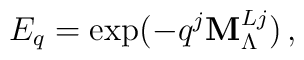
E_q=\exp(-q^j {\bf M}^{Lj}_\Lambda)\,,